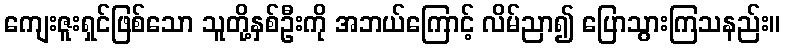
ကျေးဇူးရှင်ဖြစ်သော သူတို့နှစ်ဦးကို အဘယ်ကြောင့် လိမ်ညာ၍ ပြောသွားကြသနည်း။